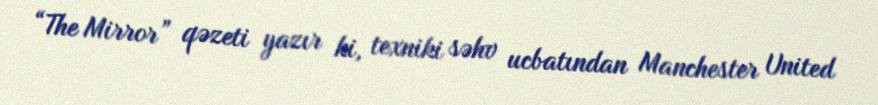
“The Mirror” qəzeti yazır ki, texniki səhv ucbatından Manchester United